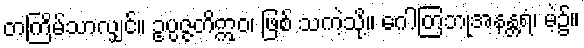
တကြိမ်သာလျှင်။ ဥပ္ပဇ္ဇတိဣဝ၊ ဖြစ် သကဲ့သို့။ ဂေါတြဘုအနန္တရံ၊ မဲ့၌။